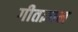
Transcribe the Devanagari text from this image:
गीतज्ञान